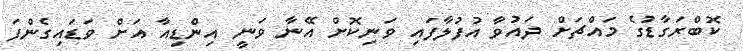
ކޮބްރަގާޑުގެ މައްޗަށް ދައުވާ އުފުލާފައި ވަނިކޮށް އޭނާ ވަނީ އިންޑިއާ އަށް ވަޑައިގެންފަ